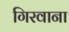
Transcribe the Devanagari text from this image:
गिरवाना